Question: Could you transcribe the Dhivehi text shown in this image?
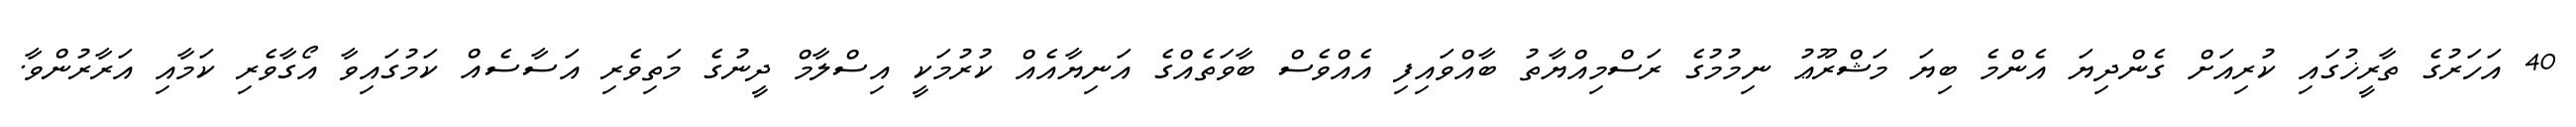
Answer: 40 އަހަރުގެ ތާރީޚުގައި ކުރިއަށް ގެންދިޔަ އެންމެ ބިޔަ މަޝްރޫޢު ނިމުމުގެ ރަސްމިއްޔާތު ބާއްވައިފި އެއްވެސް ބާވަތެއްގެ އަނިޔާއެއް ކުރުމަކީ އިސްލާމް ދީނުގެ މަތިވެރި އަސާސެއް ކަމުގައިވާ އޯގާވެރި ކަމާއި އަރާރުންވާ.